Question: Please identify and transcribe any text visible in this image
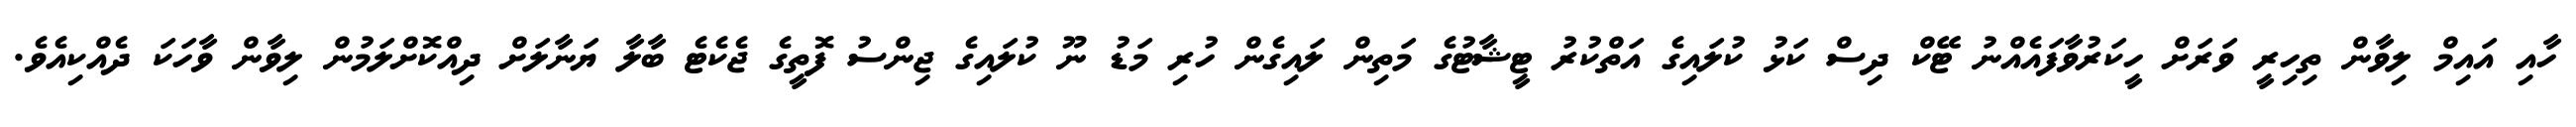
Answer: ހާއި އައިމް ލިވާން ތިހިރީ ވަރަށް ހީކަރުވާފައެއްނު ޓޭކް ދިސް ކަޅު ކުލައިގެ އަތްކުރު ޓީޝާޓުގެ މަތިން ލައިގެން ހުރި މަޑު ނޫ ކުލައިގެ ޖިންސު ފޮތީގެ ޖެކެޓެ ބާލާ ޔަނާލަށް ދިއްކޮށްލަމުން ލިވާން ވާހަކަ ދެއްކިއެވެ.